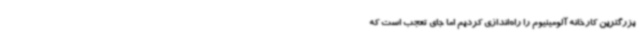
بزرگترین کارخانه آلومینیوم را راه‌اندازی کردیم اما جای تعجب است که